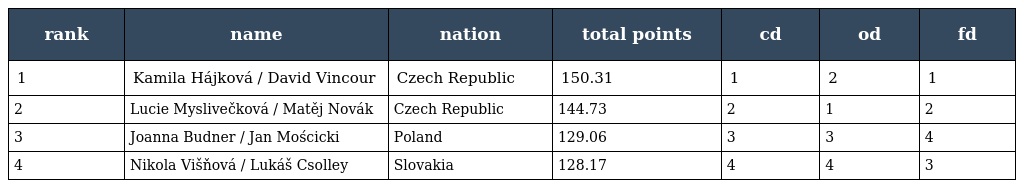
| rank | name | nation | total points | cd | od | fd |
 | --- | --- | --- | --- | --- | --- | --- |
 | 1 | Kamila Hájková / David Vincour | Czech Republic | 150.31 | 1 | 2 | 1 |
 | 2 | Lucie Myslivečková / Matěj Novák | Czech Republic | 144.73 | 2 | 1 | 2 |
 | 3 | Joanna Budner / Jan Mościcki | Poland | 129.06 | 3 | 3 | 4 |
 | 4 | Nikola Višňová / Lukáš Csolley | Slovakia | 128.17 | 4 | 4 | 3 |